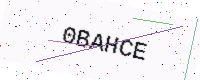
Text: 0BAHCE